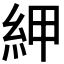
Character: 𰫠